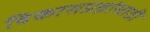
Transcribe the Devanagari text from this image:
विकासप्रश्नांसाठी